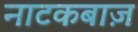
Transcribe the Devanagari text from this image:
नाटकबाज़